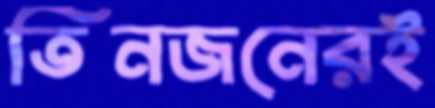
তিনজনেরই